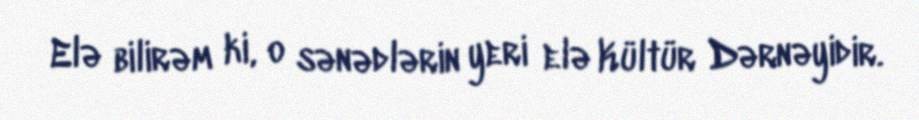
Elə bilirəm ki, o sənədlərin yeri elə Kültür Dərnəyidir.